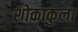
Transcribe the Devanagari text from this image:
शोकाकुला